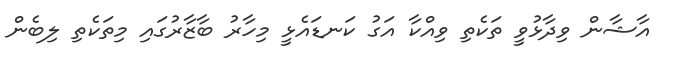
އާޝާން ވިދާޅުވީ ތަކެތި ވިއްކާ އަގު ކަނޑައެޅީ މިހާރު ބާޒާރުގައި މިތަކެތި ލިބެން